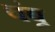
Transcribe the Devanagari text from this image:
चंबू